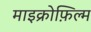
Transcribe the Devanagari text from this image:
माइक्रोफ़िल्म